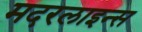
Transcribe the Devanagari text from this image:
मदरलाइन्स